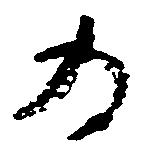
為